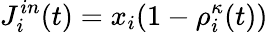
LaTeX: J_{i}^{in}(t)=x_{i}(1-\rho_{i}^{\kappa}(t))